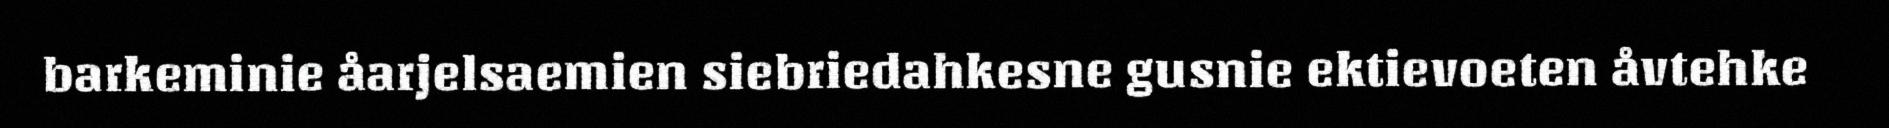
barkeminie åarjelsaemien siebriedahkesne gusnie ektievoeten åvtehke